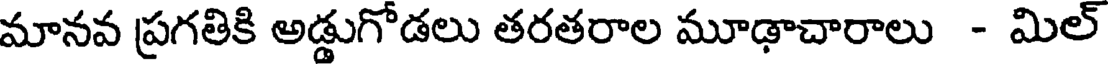
మానవ ప్రగతికి అడ్డుగోడలు తరతరాల మూఢాచారాలు - మిల్